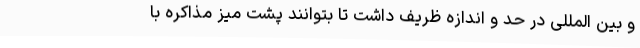
و بین المللی در حد و اندازه ظریف داشت تا بتوانند پشت میز مذاکره با